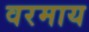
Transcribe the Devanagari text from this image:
वरमाय